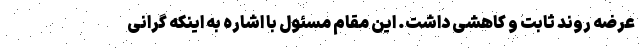
عرضه روند ثابت و کاهشی داشت. این مقام مسئول با اشاره به اینکه گرانی